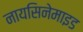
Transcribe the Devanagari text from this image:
नायसिनेमाइड